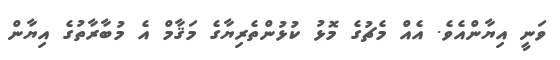
ވަނީ އިޔާންއެވެ. އެއް މެޗުގެ މޮޅު ކުޅުންތެރިޔާގެ މަޤާމް އެ މުބާރާތުގެ އިޔާން